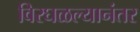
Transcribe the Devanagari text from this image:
विरघळल्यानंतर